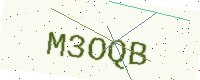
Text: M3OQB